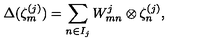
\Delta ( \zeta _ { m } ^ { ( j ) } ) = \sum _ { n \in I _ { j } } W _ { m n } ^ { j } \otimes \zeta _ { n } ^ { ( j ) } ,